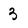
Character: 3